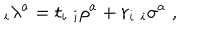
LaTeX: _ i \lambda ^ { a } = t _ { i } \; _ { i } \rho ^ { a } + r _ { i } \; _ { i } \sigma ^ { a } \; ,